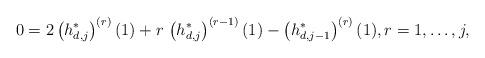
LaTeX: \begin{align*} 0 = 2 \left( h_{d,j}^* \right)^{(r)} (1) + r \, \left( h_{d,j}^* \right)^{(r-1)} (1) - \left( h_{d,j-1}^* \right)^{(r)} (1), r=1,\dots,j, \end{align*}